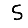
Digit: 5